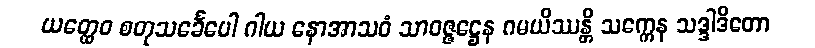
ယတ္ထေဝ စတုသင်္ခေပေါ ဂါယ နောအာသဝံ သာဝဇ္ဇဋ္ဌေန ဂမယိဿန္တိ သက္ကေန သဒ္ဒါဒိတော